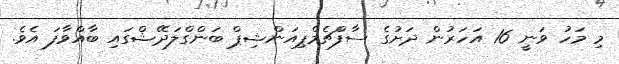
މި މަހު ވަނީ 16 އަހަރުން ދަށުގެ ސާފްޗެމްޕިއަންޝިޕް ބަންގްލަދޭޝްގައި ބާއްވާފަ އެވެ.